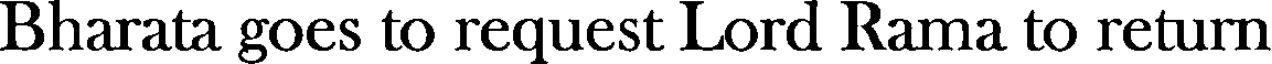
Bharata goes to request Lord Rama to return